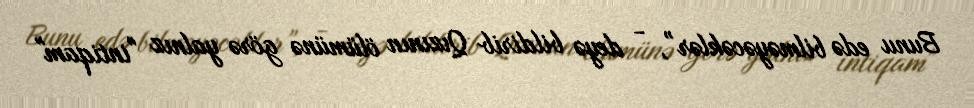
Bunu edə bilməyəcəklər”, - deyə bildirib Qızının ölümünə görə yalnız "intiqam"